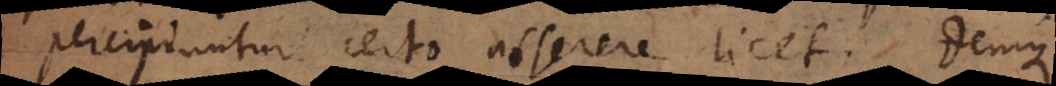
percipiuntur certo asserere licet. Denique